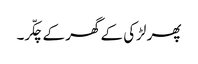
پھر لڑکی کے گھر کے چکّر۔